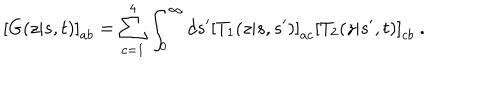
LaTeX: \left[ G ( z | s , t ) \right] _ { a b } = \sum _ { c = 1 } ^ { 4 } \int _ { 0 } ^ { \infty } d s ^ { \prime } \left[ T _ { 1 } ( z | s , s ^ { \prime } ) \right] _ { a c } \left[ T _ { 2 } ( z | s ^ { \prime } , t ) \right] _ { c b } \ .